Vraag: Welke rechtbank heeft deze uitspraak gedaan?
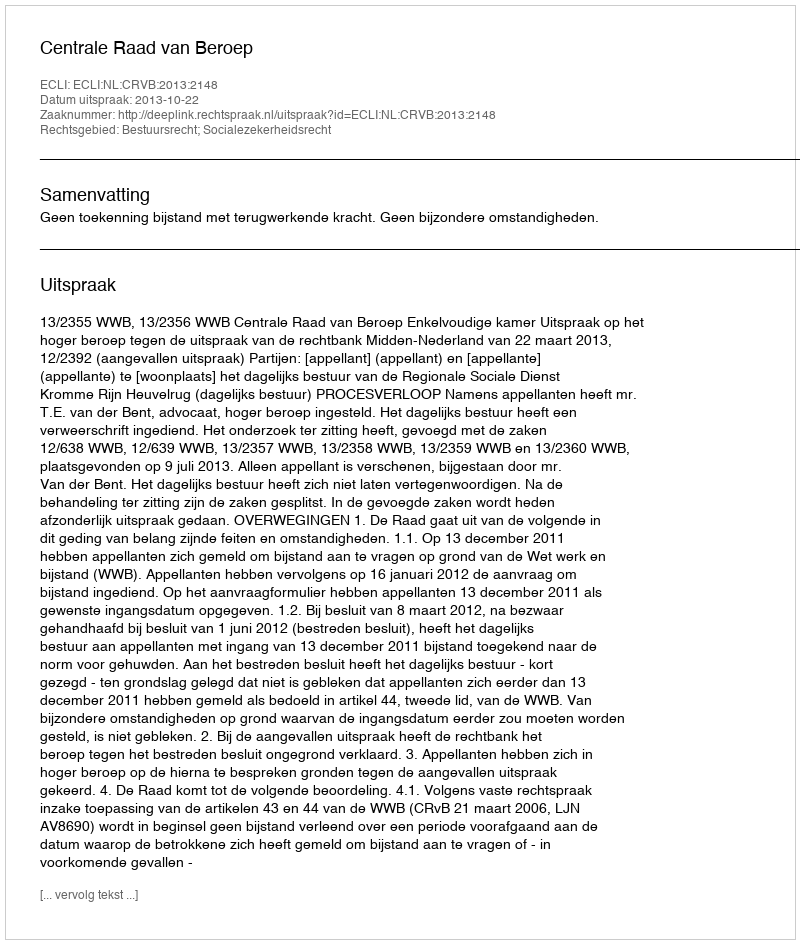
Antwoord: Centrale Raad van Beroep